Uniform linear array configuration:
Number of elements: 16
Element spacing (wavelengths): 0.5
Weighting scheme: exponential
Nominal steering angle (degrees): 60
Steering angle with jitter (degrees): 58.6
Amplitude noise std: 0.05
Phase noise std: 0.05

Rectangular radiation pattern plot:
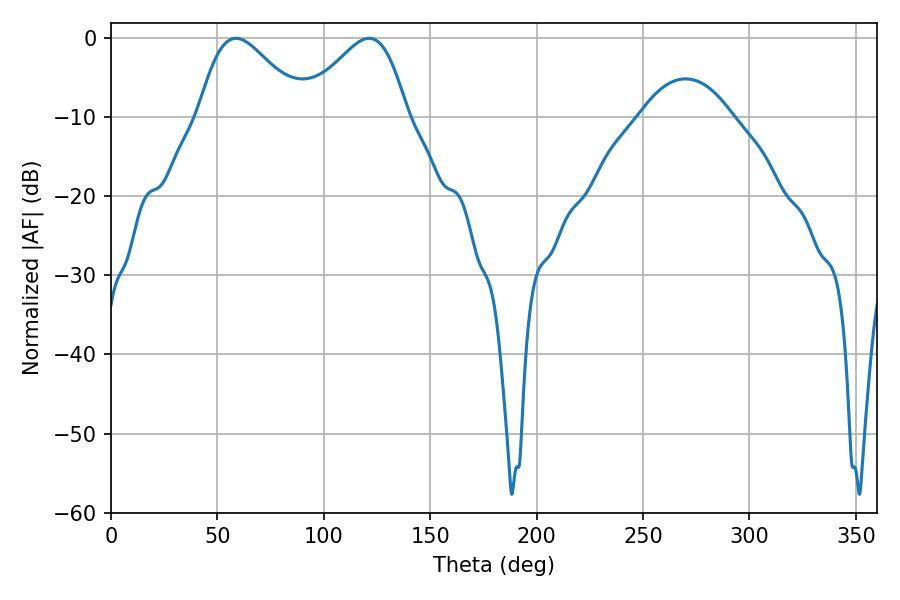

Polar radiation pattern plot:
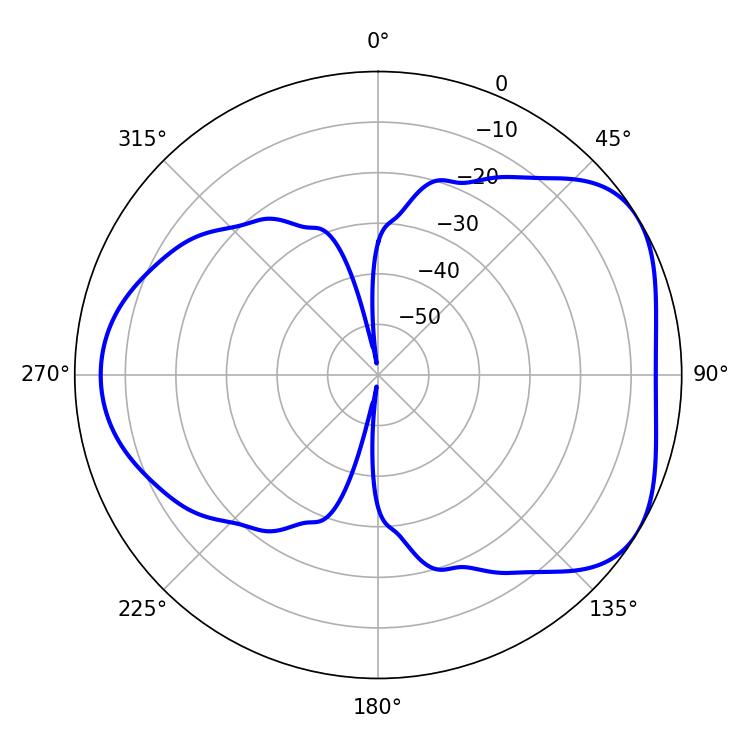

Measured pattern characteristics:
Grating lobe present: FALSE
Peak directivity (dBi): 4.64
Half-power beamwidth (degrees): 25.92
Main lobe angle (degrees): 58.68